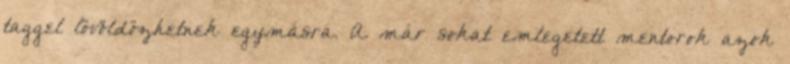
taggel lövöldözhetnek egymásra. A már sokat emlegetett mentorok azok